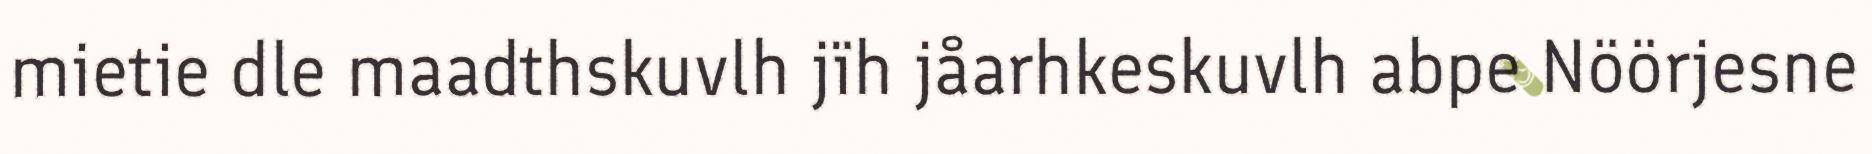
mietie dle maadthskuvlh jïh jåarhkeskuvlh abpe Nöörjesne